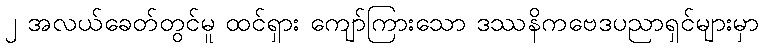
၂ အလယ်ခေတ်တွင်မူ ထင်ရှား ကျော်ကြားသော ဒဿနိကဗေဒပညာရှင်များမှာ